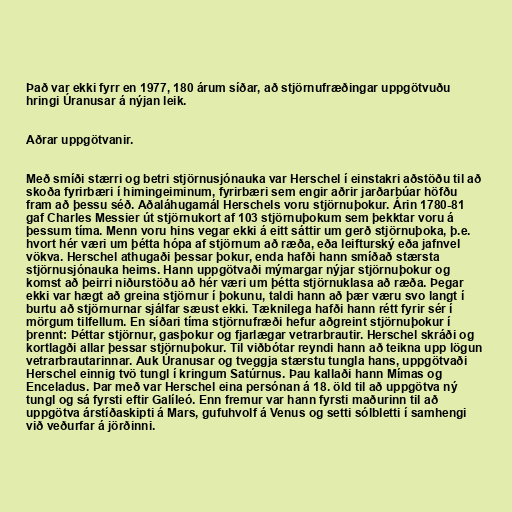
Það var ekki fyrr en 1977, 180 árum síðar, að stjörnufræðingar uppgötvuðu
hringi Úranusar á nýjan leik.

Aðrar uppgötvanir.

Með smíði stærri og betri stjörnusjónauka var Herschel í einstakri aðstöðu til að
skoða fyrirbæri í himingeiminum, fyrirbæri sem engir aðrir jarðarbúar höfðu
fram að þessu séð. Aðaláhugamál Herschels voru stjörnuþokur. Árin 1780-81
gaf Charles Messier út stjörnukort af 103 stjörnuþokum sem þekktar voru á
þessum tíma. Menn voru hins vegar ekki á eitt sáttir um gerð stjörnuþoka, þ.e.
hvort hér væri um þétta hópa af stjörnum að ræða, eða leifturský eða jafnvel
vökva. Herschel athugaði þessar þokur, enda hafði hann smíðað stærsta
stjörnusjónauka heims. Hann uppgötvaði mýmargar nýjar stjörnuþokur og
komst að þeirri niðurstöðu að hér væri um þétta stjörnuklasa að ræða. Þegar
ekki var hægt að greina stjörnur í þokunu, taldi hann að þær væru svo langt í
burtu að stjörnurnar sjálfar sæust ekki. Tæknilega hafði hann rétt fyrir sér í
mörgum tilfellum. En síðari tíma stjörnufræði hefur aðgreint stjörnuþokur í
þrennt: Þéttar stjörnur, gasþokur og fjarlægar vetrarbrautir. Herschel skráði og
kortlagði allar þessar stjörnuþokur. Til viðbótar reyndi hann að teikna upp lögun
vetrarbrautarinnar. Auk Úranusar og tveggja stærstu tungla hans, uppgötvaði
Herschel einnig tvö tungl í kringum Satúrnus. Þau kallaði hann Mímas og
Enceladus. Þar með var Herschel eina persónan á 18. öld til að uppgötva ný
tungl og sá fyrsti eftir Galíleó. Enn fremur var hann fyrsti maðurinn til að
uppgötva árstíðaskipti á Mars, gufuhvolf á Venus og setti sólbletti í samhengi
við veðurfar á jörðinni.